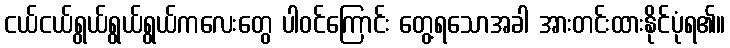
ငယ်ငယ်ရွယ်ရွယ်ရွယ်ကလေးတွေ ပါဝင်ကြောင်း တွေ့ရသောအခါ အားတင်းထားနိုင်ပုံရ၏။